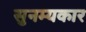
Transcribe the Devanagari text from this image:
सुनम्यकार